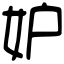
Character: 妒